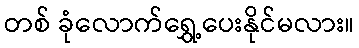
တစ် ခုံလောက်ရွှေ့ပေးနိုင်မလား။